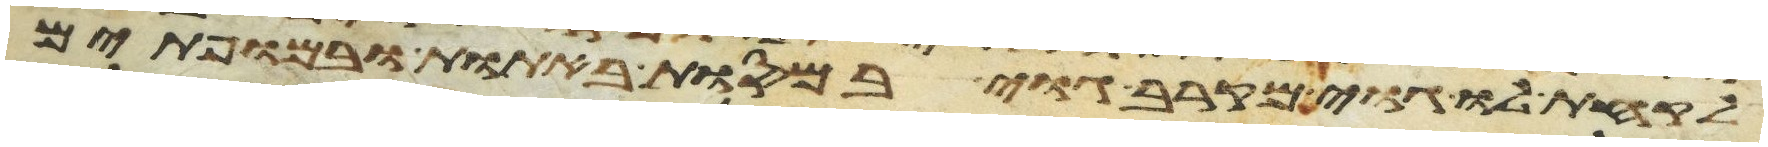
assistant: לקחת לו גוי מקרב גוי במסות באתות ובמופתים